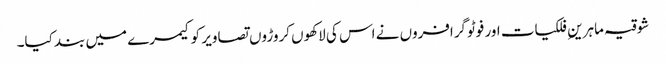
شوقیہ ماہرینِ فلکیات اور فوٹوگرافروں نے اس کی لاکھوں کروڑوں تصاویر کو کیمرے میں بند کیا۔